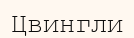
Цвингли